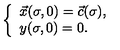
\left\{ \begin{array} { l } { \vec { x } ( \sigma , 0 ) = \vec { c } ( \sigma ) , } \\ { y ( \sigma , 0 ) = 0 . } \\ \end{array} \right.